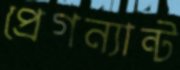
প্রেগন্যান্ট